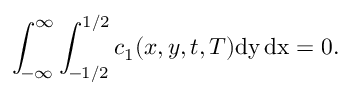
\int _ { - \infty } ^ { \infty } \int _ { - 1 / 2 } ^ { 1 / 2 } c _ { 1 } ( x , y , t , T ) \mathrm { d y \, d x } = 0 .